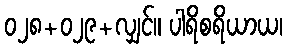
၀၂၈+၀၂၉+လျှင်။ ပါရိစရိယာယ၊